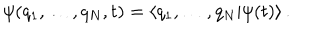
LaTeX: \psi ( q _ { 1 } , \dots , q _ { N } , t ) = \left< q _ { 1 } , \dots , q _ { N } | \psi ( t ) \right> .